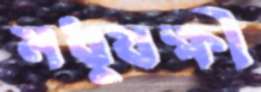
মধুযক্ষী